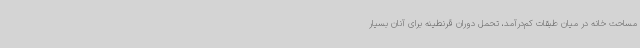
مساحت خانه در میان طبقات کم‌درآمد، تحمل دوران قرنطینه برای آنان بسیار